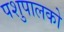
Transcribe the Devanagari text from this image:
पशुपालको